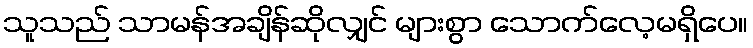
သူသည် သာမန်အချိန်ဆိုလျှင် များစွာ သောက်လေ့မရှိပေ။